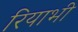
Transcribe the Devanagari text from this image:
रियाभी